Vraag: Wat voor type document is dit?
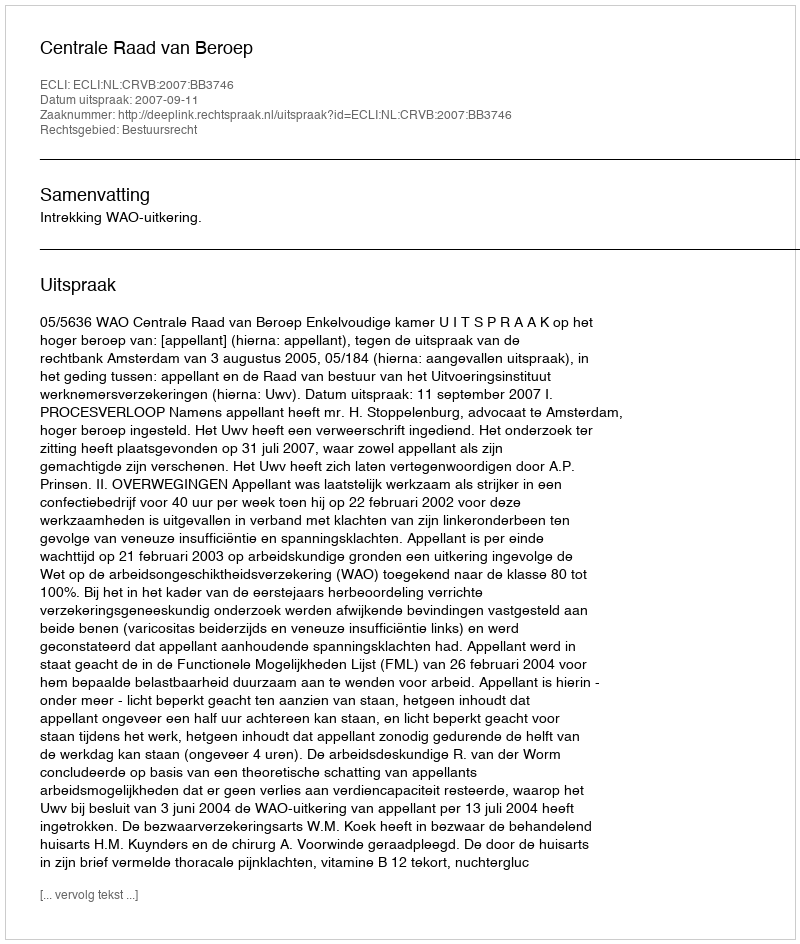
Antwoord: Uitspraak